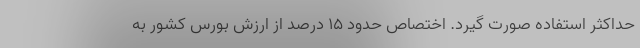
حداکثر استفاده صورت گیرد. اختصاص حدود ۱۵ درصد از ارزش بورس کشور به